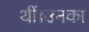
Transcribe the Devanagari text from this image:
थीं।उनका